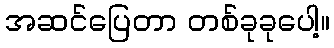
အဆင်ပြေတာ တစ်ခုခုပေါ့။